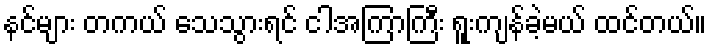
နင်များ တကယ် သေသွားရင် ငါအကြာကြီး ရူးကျန်ခဲ့မယ် ထင်တယ်။